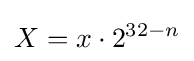
X=x\cdot 2^{32-n}